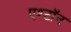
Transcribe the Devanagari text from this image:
एश्टॉन